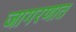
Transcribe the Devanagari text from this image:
जागरणात